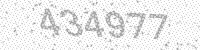
Solution: 434977